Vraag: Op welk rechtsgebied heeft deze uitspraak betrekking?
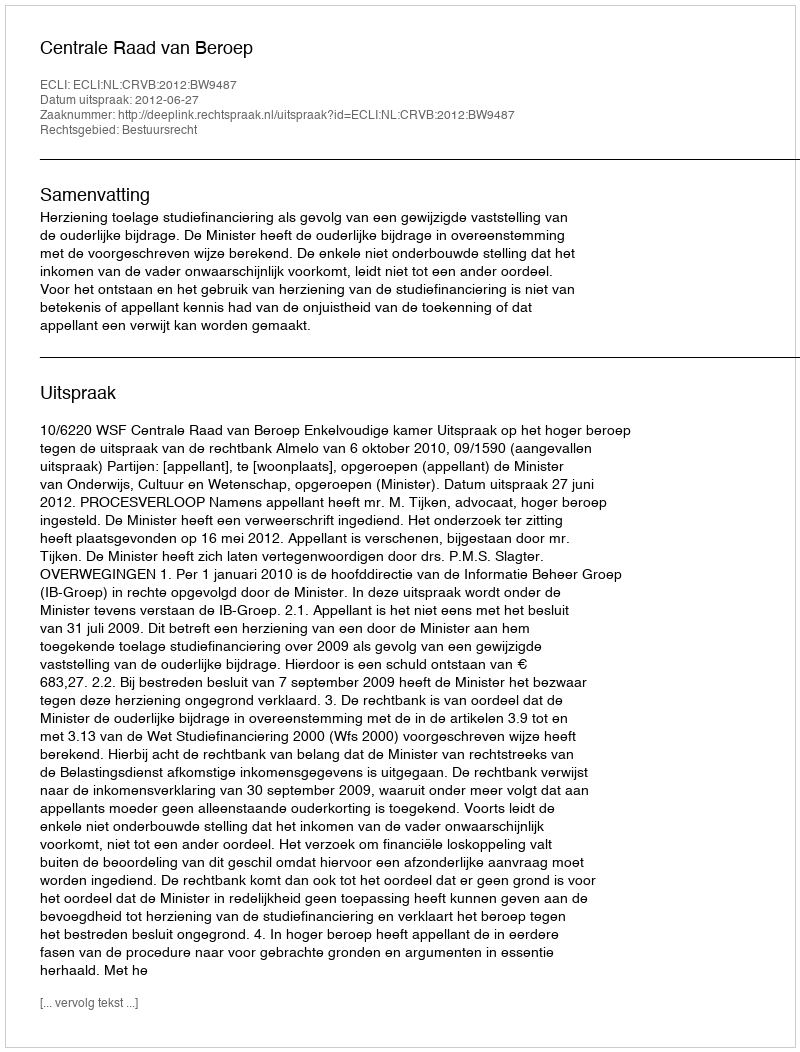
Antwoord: Bestuursrecht